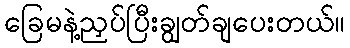
ခြေမနဲ့ညှပ်ပြီးချွတ်ချပေးတယ်။